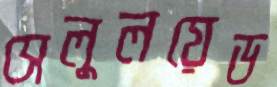
সেলুলয়েড